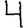
Digit: 4